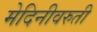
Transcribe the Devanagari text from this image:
मेदिनीवरुती